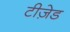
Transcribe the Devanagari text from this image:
टीज़ेड